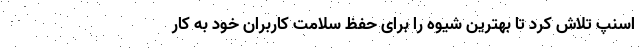
اسنپ تلاش کرد تا بهترین شیوه را برای حفظ سلامت کاربران خود به کار